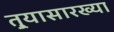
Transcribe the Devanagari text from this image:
तुर्‍यासारख्या